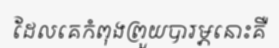
ដែលគេកំពុងព្រួយបារម្ភនោះគឺ